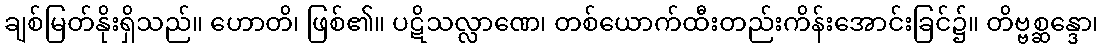
ချစ်မြတ်နိုးရှိသည်။ ဟောတိ၊ ဖြစ်၏။ ပဋိသလ္လာဏေ၊ တစ်ယောက်ထီးတည်းကိန်းအောင်းခြင်၌။ တိဗ္ဗစ္ဆန္ဒော၊